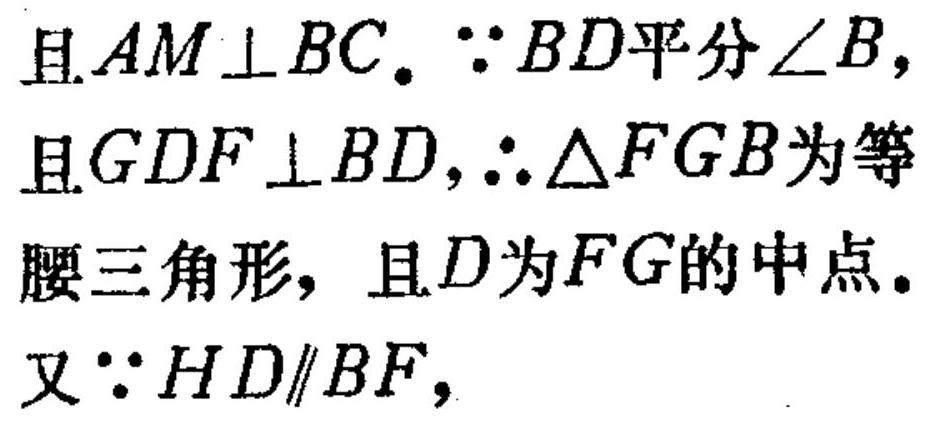
且$AM\perp BC$. $\because BD$平分$\angle B$,
且$GDF\perp BD$,$\therefore \triangle FGB$为等
腰三角形，且$D$为$FG$的中点.
又$\because HD\parallel BF$,